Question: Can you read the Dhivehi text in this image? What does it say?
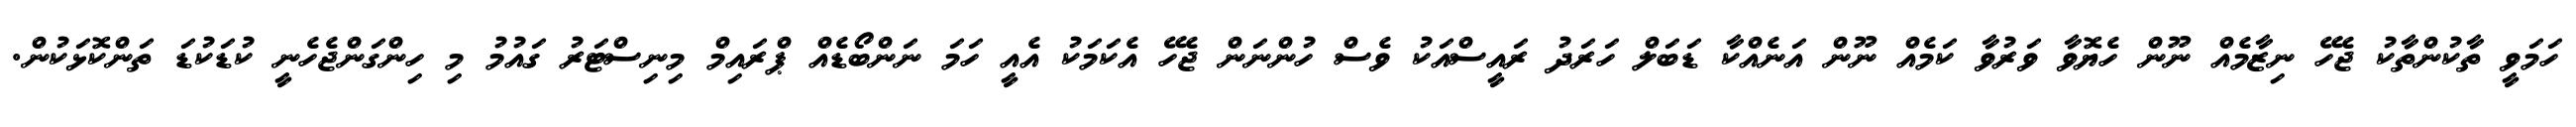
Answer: ހަމަވީ ތާކުންތާކު ޖެހޭ ނިޒާމެއް ނޫން ހެޔޮވާ ވަރުވާ ކަމެއް ނޫން އަނެއްކާ ޑަބަލް ހަރަދު ރައީސްއަކު ވެސް ހުންނަން ޖެހޭ އެކަމަކު އެއީ ހަމަ ނަންބޯޑެއް ޕްރައިމް މިނިސްޓަރު ގައުމު މި ހިންގަންޖެހެނީ ކުޑަކުޑަ ތަންކޮޅަކުން.